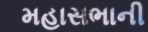
મહાસભાની